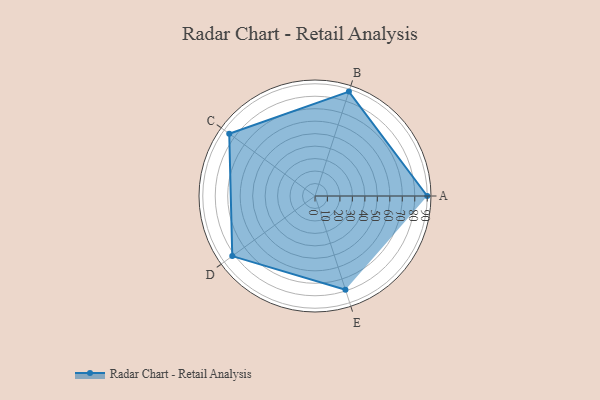
{"axis": {"x": "Skill", "y": "Score"}, "legend": ["Profile"], "data": [{"x": "A", "y": 90.0, "type": "Profile"}, {"x": "B", "y": 88.0, "type": "Profile"}, {"x": "C", "y": 85.0, "type": "Profile"}, {"x": "D", "y": 82.0, "type": "Profile"}, {"x": "E", "y": 79.0, "type": "Profile"}]}